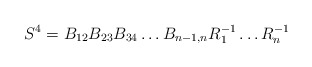
\begin{align*}S^4=B_{12}B_{23}B_{34}\dots B_{n-1,n} R_1^{-1}\dots R_n^{-1}\end{align*}